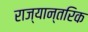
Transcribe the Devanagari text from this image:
राज्यान्तरिक